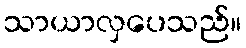
သာယာလှပေသည်။